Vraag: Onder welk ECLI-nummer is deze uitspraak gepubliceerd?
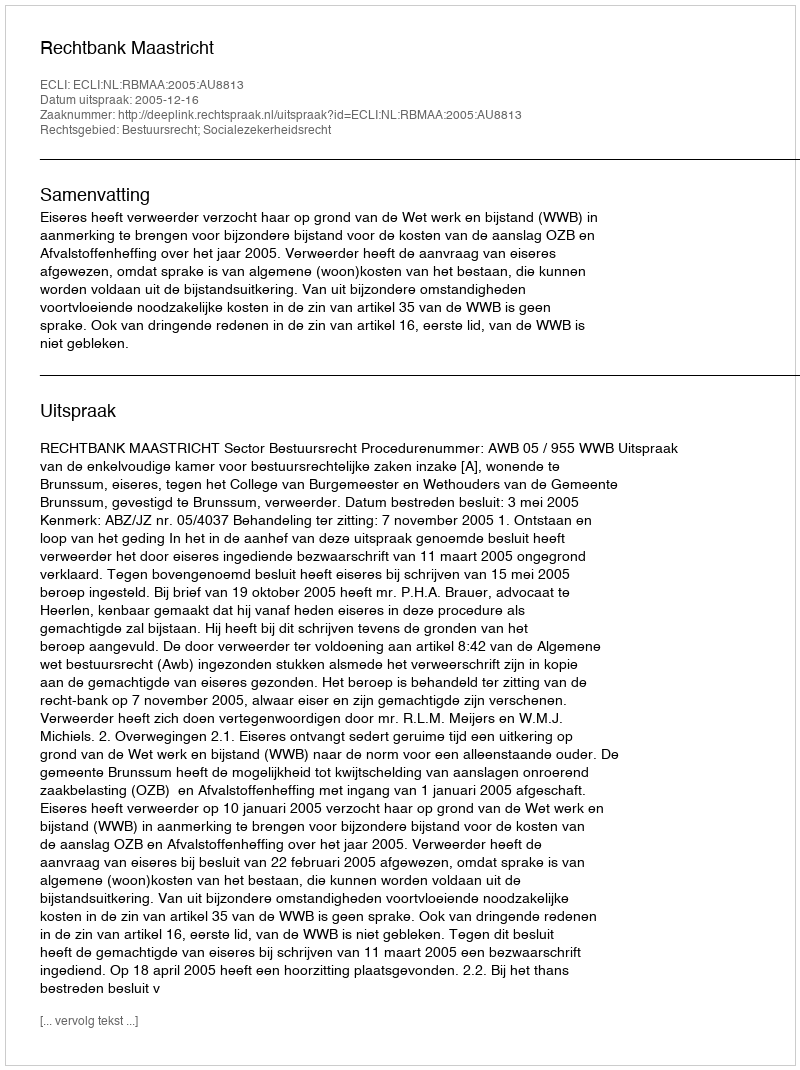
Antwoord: ECLI:NL:RBMAA:2005:AU8813